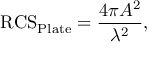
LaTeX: { \mathrm { R C S } } _ { \mathrm { P l a t e } } = { \frac { 4 \pi A ^ { 2 } } { \lambda ^ { 2 } } } ,